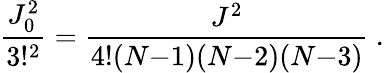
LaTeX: \frac{J_{0}^{2}}{3!^{2}}=\frac{J^{2}}{4!(N{-}1)(N{-}2)(N{-}3)}~.